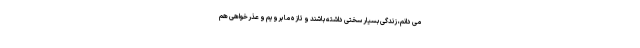
می دانم، زندگی بسیار سختی داشته باشند و تازه ما برویم و عذرخواهی هم